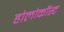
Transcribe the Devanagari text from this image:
होलोकॉस्‍ट